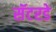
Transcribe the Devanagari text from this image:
सॅटरडे